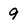
Character: 9